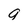
Character: 9